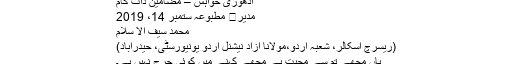
ادھوری خواہش – مضامین ڈاٹ کام
مدیر	 مطبوعہ ستمبر 14، 2019
محمد سیف الا سلام
(ریسرچ اسکالر، شعبۂ اردو،مولانا آزاد نیشنل اردو یونیورسٹی، حیدرآباد)
ہاں مجھے تم سے محبت ہے مجھے کہنے میں کوئی حرج نہیں ہے۔